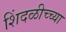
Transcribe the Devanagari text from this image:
शिंदळीच्च्या